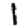
Digit: 1